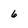
Character: 6